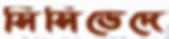
সিসিভেদে